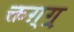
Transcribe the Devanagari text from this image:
क्तग़्ग्र्